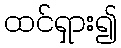
ထင်ရှား၍